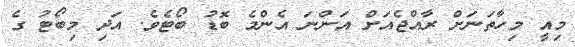
މިއީ މިހާތަނަށް ރާއްޖެއަށް އަންނަ އެންމެ ބޮޑު ބޯޓެވެ. އަދި މިބޯޓު ގެ